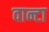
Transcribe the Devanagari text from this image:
वान्टा